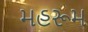
મહરૂમ